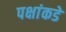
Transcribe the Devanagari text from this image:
पक्षांकडे